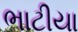
ભાટીયા